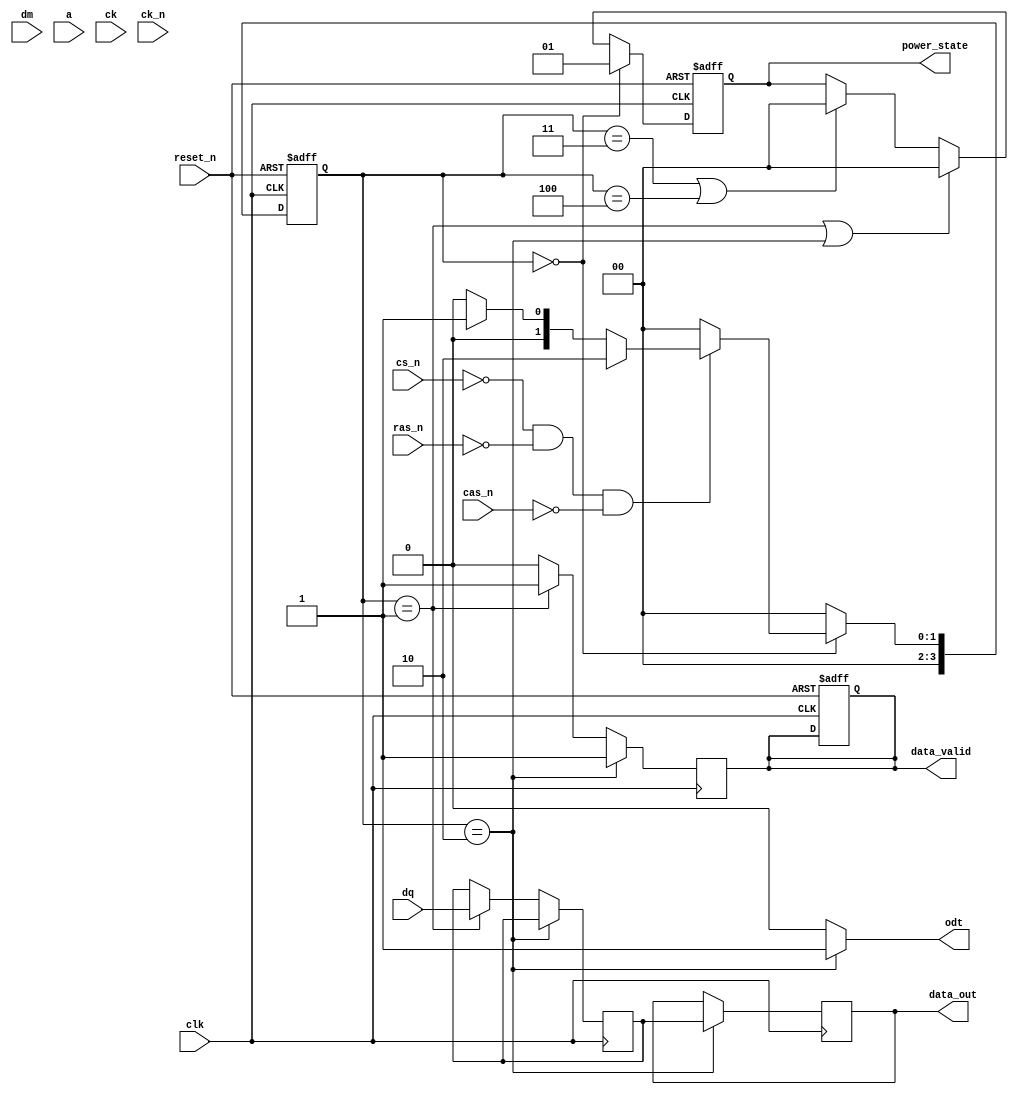
module gddr3_io_block (
    // I/O Interface
    input wire [15:0] dq,        // Differential Data Lines
    input wire [1:0] dm,         // Data Mask Lines
    input wire [12:0] a,         // Address Lines
    input wire cs_n,             // Chip Select (active low)
    input wire ras_n,            // Row Address Strobe (active low)
    input wire cas_n,            // Column Address Strobe (active low)
    input wire [1:0] ck,         // Clock Signals
    input wire [1:0] ck_n,       // Inverted Clock Signals
    input wire reset_n,          // Active low reset
    input wire clk,              // System Clock

    // Outputs
    output reg [15:0] data_out,  // Output Data
    output reg data_valid,        // Data Valid Signal
    output reg odt,               // On-Die Termination Control
    output reg [1:0] power_state  // Power State
);

// Internal signals
reg [15:0] data_in;             // Input Data
reg [3:0] state;                // State Machine
reg [3:0] next_state;           // Next State
reg [3:0] burst_counter;        // Burst Counter
reg read_enable;                // Read Enable Signal
reg write_enable;               // Write Enable Signal

// State Definitions
localparam IDLE = 4'b0000,
           READ = 4'b0001,
           WRITE = 4'b0010,
           BURST_READ = 4'b0011,
           BURST_WRITE = 4'b0100;

// Power States
localparam ACTIVE = 2'b00,
           IDLE_STATE = 2'b01,
           POWER_DOWN = 2'b10;

// Timing Parameters (for simulation purposes)
localparam tRCD = 10, tCAS = 10, tRAS = 20, tRP = 10;

// State Machine
always @(posedge clk or negedge reset_n) begin
    if (!reset_n) begin
        state <= IDLE;
        power_state <= ACTIVE;
        data_valid <= 0;
        burst_counter <= 0;
    end else begin
        state <= next_state;
        // Power Management Logic
        if (state == IDLE) begin
            power_state <= IDLE_STATE;
        end else if (state == READ || state == WRITE) begin
            power_state <= ACTIVE;
        end else if (state == BURST_READ || state == BURST_WRITE) begin
            power_state <= ACTIVE;
        end
    end
end

// Next State Logic
always @(*) begin
    case (state)
        IDLE: begin
            if (!cs_n && !ras_n && !cas_n) begin
                if (write_enable) begin
                    next_state = WRITE;
                end else if (read_enable) begin
                    next_state = READ;
                end else begin
                    next_state = IDLE;
                end
            end else begin
                next_state = IDLE;
            end
        end
        READ: begin
            next_state = IDLE; // Transition back to IDLE after read
        end
        WRITE: begin
            next_state = IDLE; // Transition back to IDLE after write
        end
        default: next_state = IDLE;
    endcase
end

// Read/Write Operations
always @(posedge clk) begin
    if (state == WRITE) begin
        data_out <= data_in; // Write data to output
        data_valid <= 1;      // Signal valid data
    end else if (state == READ) begin
        data_in <= dq;       // Read data from input
        data_valid <= 1;     // Signal valid data
    end else begin
        data_valid <= 0;     // Clear data valid signal
    end
end

// Control Signals
always @(*) begin
    // Control logic for ODT and other signals
    odt = (state == WRITE) ? 1'b1 : 1'b0; // Enable ODT during write
end

endmodule